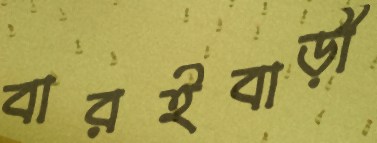
বারইবাড়ী